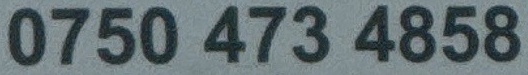
0750 473 4858